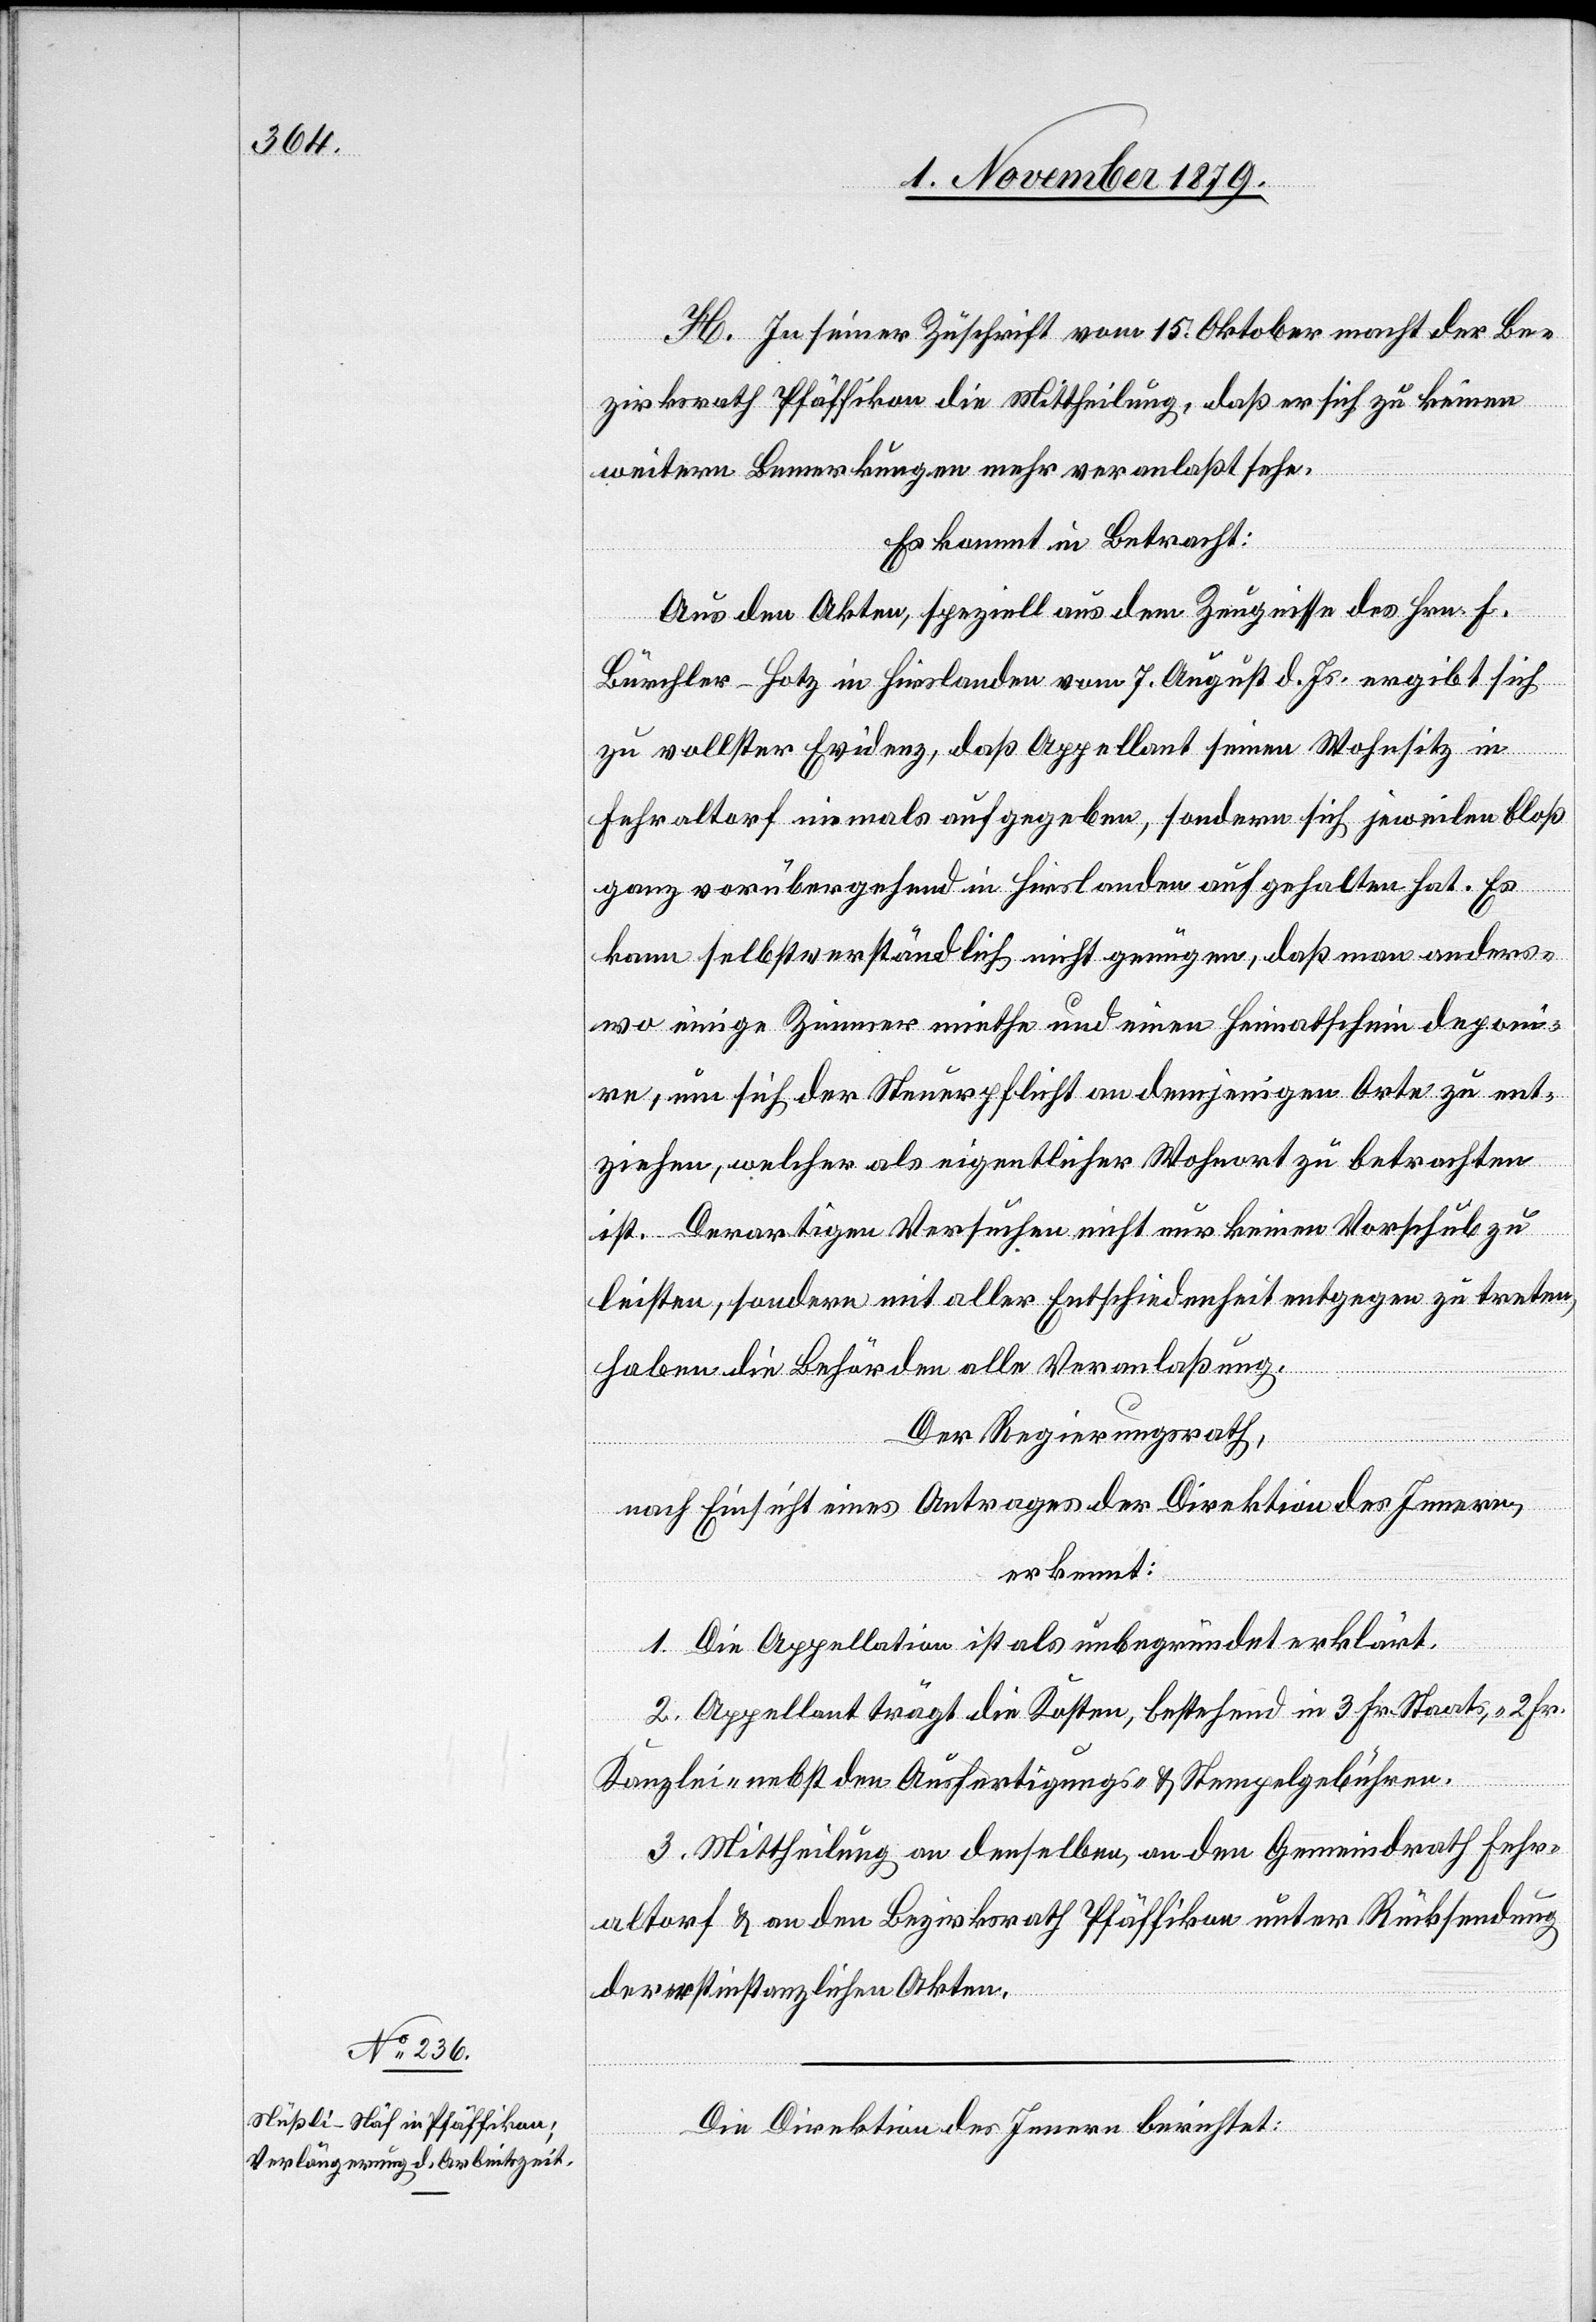
H. In seiner Zuschrift vom 15. Oktober macht der Be¬
zirksrath Pfäffikon die Mittheilung, daß er sich zu keinen
weitern Bemerkungen mehr veranlaßt sehe.
Es kommt in Betracht:
Aus den Akten, speziell aus dem Zeugnisse des Hrn. F.
Bürchler-Hotz in Hirslanden vom 7. August d. Js. ergibt sich
zu voller Evidenz, daß Appellant seinen Wohnsitz in
Fehraltorf niemals aufgegeben, sondern sich jeweilen bloß
ganz vorübergehend in Hirslanden aufgehalten hat. Es
kann selbstverständlich nicht genügen, daß man anders¬
wo einige Zimmer miethe und einen Heimatschein deponi¬
re, um sich der Steuerpflicht an demjenigen Orte zu ent¬
ziehen, welcher als eigenthlicher Wohnort zu betrachten
ist. Derartigen Versuchen nicht nur keinen Vorschub zu
leisten, sondern mit aller Entschiedenheit entgegen zu treten,
haben die Behörden alle Veranlaßung.
Der Regierungsrath,
nach Einsicht eines Antrages der Direktion des Innern,
erkennt:
1. Die Appellation ist als unbegründet erklärt.
2. Appellant trägt die Kosten, bestehend in 3. Fr. Staats-, 2. Fr.
Kanzlei-[,] nebst den Ausfertigungs- & Stempelgebühren.
3. Mittheilung an denselben, an den Gemeindrath Fehr¬
altorf & an den Bezirksrath Pfäffikon unter Rücksendung
der erstinstanzlichen Akten.
Die Direktion des Innern berichtet: